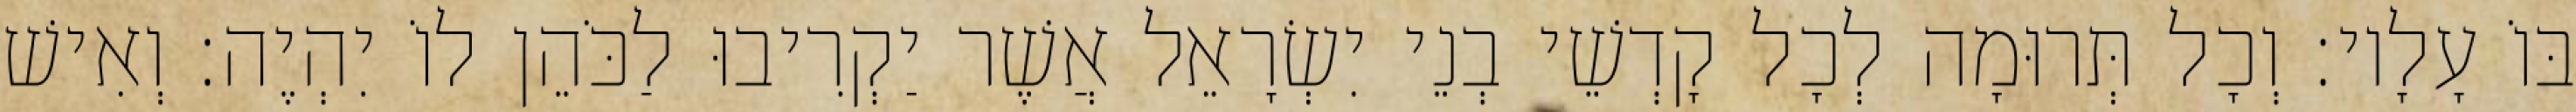
בּוֹ עָלָיו׃ וְכָל תְּרוּמָה לְכָל קָדְשֵׁי בְנֵי יִשְׂרָאֵל אֲשֶׁר יַקְרִיבוּ לַכֹּהֵן לוֹ יִהְיֶה׃ וְאִישׁ